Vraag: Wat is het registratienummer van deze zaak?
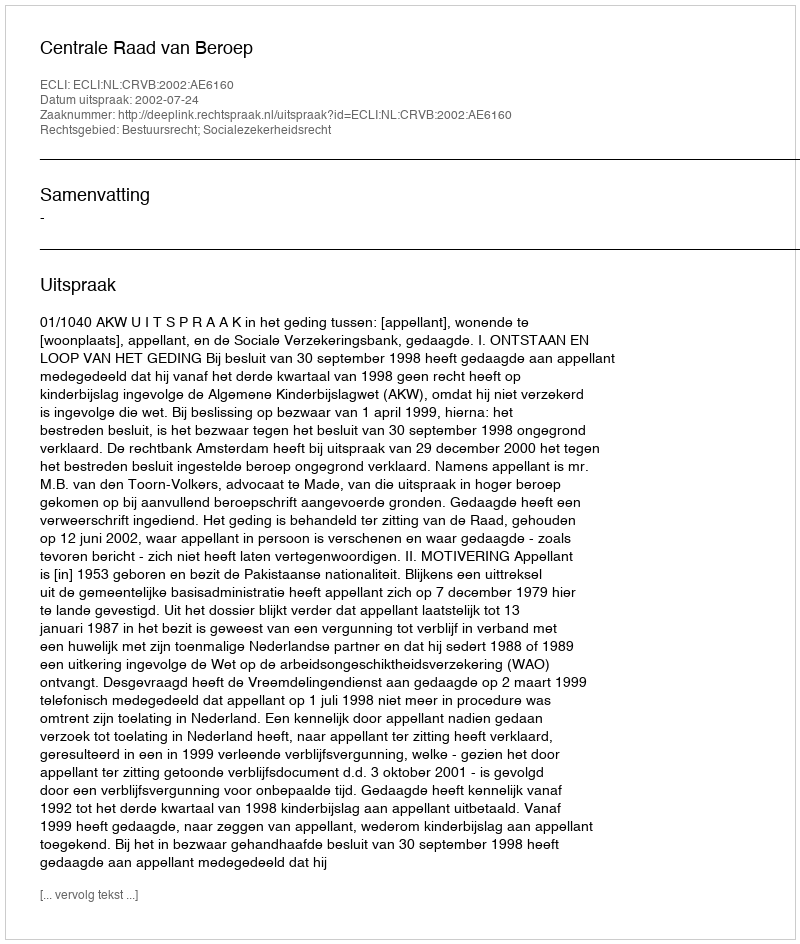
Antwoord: http://deeplink.rechtspraak.nl/uitspraak?id=ECLI:NL:CRVB:2002:AE6160